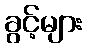
ခွင့်များ